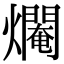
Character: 𤑷